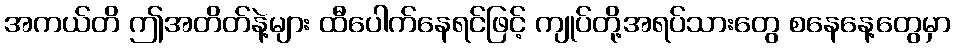
အကယ်တိ ဤအတိတ်နဲ့များ ထီပေါက်နေရင်ဖြင့် ကျုပ်တို့အရပ်သားတွေ စနေနေ့တွေမှာ